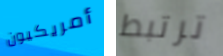
أمريكيون ترتبط